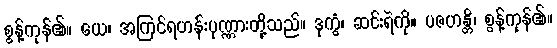
စွန့်ကုန်၏။ ယေ၊ အကြင်ရဟန်းပုဏ္ဏားတို့သည်။ ဒုက္ခံ၊ ဆင်းရဲကို။ ပဇဟန္တိ၊ စွန့်ကုန်၏။